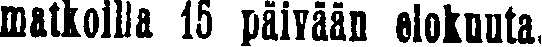
natkoilla 15 päivään elokuuta.